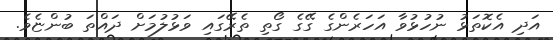
އަދި އެކޮތަޅު ނުހުޅުވާ އަހަރެންގެ ގޭގެ ގޯތި ތެރޭގައި ވަޅުލުމަށް ދައްތަ ބުންޏެވެ.